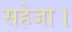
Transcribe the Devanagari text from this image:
सहेजा।